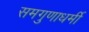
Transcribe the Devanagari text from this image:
समगुणाधर्मी